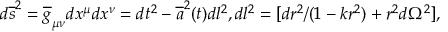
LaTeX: d \overline { { { s } } } ^ { 2 } = \overline { { { g } } } _ { \mu \nu } d x ^ { \mu } d x ^ { \nu } = d t ^ { 2 } - \overline { { { a } } } ^ { 2 } ( t ) d l ^ { 2 } , d l ^ { 2 } = [ d r ^ { 2 } / ( 1 - k r ^ { 2 } ) + r ^ { 2 } d \Omega ^ { 2 } ] ,